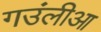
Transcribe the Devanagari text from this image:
गउंलीआ